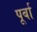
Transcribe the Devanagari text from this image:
पूर्बा